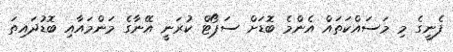
ފެނީގެ މި މަސައްކަތައް އެންމެ ބޮޑަށް ސަޕޯޓް ކުރަނީ އޭނާގެ މަންމައާއި ބޮޑުދައިތަ